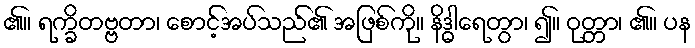
၏။ ရက္ခိတဗ္ဗတာ၊ စောင့်အပ်သည်၏ အဖြစ်ကို။ နိဒ္ဓါရေတွာ၊ ၍။ ဝုတ္တာ၊ ၏။ ပန